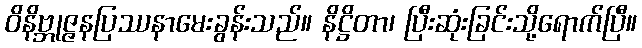
ဝိနိဗ္ဘုဇ္ဇနပြဿနာမေးခွန်းသည်။ နိဋ္ဌိတာ၊ ပြီးဆုံးခြင်းသို့ရောက်ပြီ။